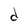
Character: d